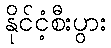
နိုင်ငံ့စီးပွား